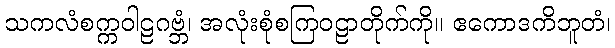
သကလံစက္ကဝါဠဂဗ္ဘံ၊ အလုံးစုံစကြဝဠာတိုက်ကို။ ဧကောဒကိဘူတံ၊